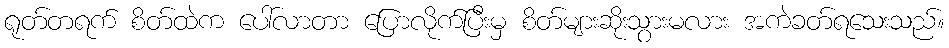
ရုတ်တရက် စိတ်ထဲက ပေါ်လာတာ ပြောလိုက်ပြီးမှ စိတ်များဆိုးသွားမလား အကဲခတ်ရသေးသည်။